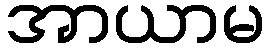
အာယာမ